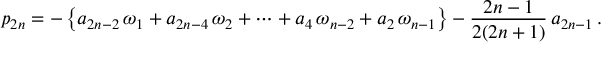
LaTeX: p _ { 2 n } = - \left\{ a _ { 2 n - 2 } \, \omega _ { 1 } + a _ { 2 n - 4 } \, \omega _ { 2 } + \cdots + a _ { 4 } \, \omega _ { n - 2 } + a _ { 2 } \, \omega _ { n - 1 } \right\} - \frac { 2 n - 1 } { 2 ( 2 n + 1 ) } \, a _ { 2 n - 1 } \, .